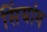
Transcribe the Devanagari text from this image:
सिंयांग